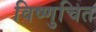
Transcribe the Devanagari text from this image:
विष्णुचित